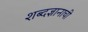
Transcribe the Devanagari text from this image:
शब्दज्ञानाची